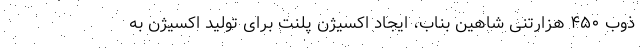
ذوب ۴۵۰ هزارتنی شاهین بناب، ایجاد اکسیژن پلنت برای تولید اکسیژن به